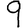
Digit: 9